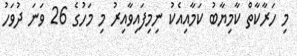
މި ހަރާކާތް ކާމިޔާބު ކަމާއިއެކު ނިމިފައިވާއިރު މި މަހުގެ 26 ވަނަ ދުވަހު